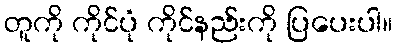
တူကို ကိုင်ပုံ ကိုင်နည်းကို ပြပေးပါ။